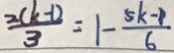
\frac { 2 ( k - 1 ) } { 3 } = 1 - \frac { 5 k - 1 } { 6 }